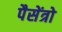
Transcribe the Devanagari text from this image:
पैसेंत्रो